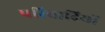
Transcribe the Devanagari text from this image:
परिवादियों